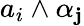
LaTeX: a_{i}\wedge\alpha_{\mathbf{j}}